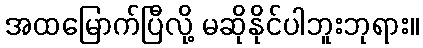
အထမြောက်ပြီလို့ မဆိုနိုင်ပါဘူးဘုရား။